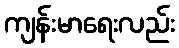
ကျန်းမာရေးလည်း